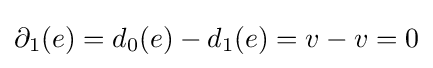
\partial _{1}(e)=d_{0}(e)-d_{1}(e)=v-v=0